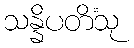
သန္နိပတိံသု